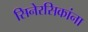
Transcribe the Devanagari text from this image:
सिनेरसिकांना